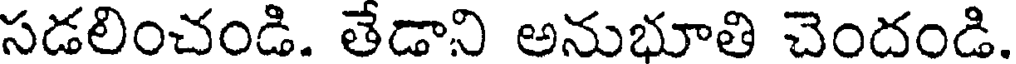
సడలించండి. తేడాని అనుభూతి చెందండి.